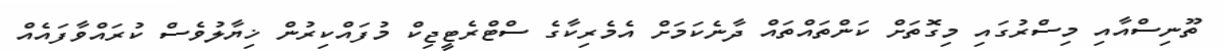
ތޫނިސްއާއި މިސްރުގައި މިގޮތަށް ކަންތައްތައް ދާނެކަމަށް އެމެރިކާގެ ސްޓްރެޓީޖިކް މުފައްކިރުން ޚިޔާލުވެސް ކުރައްވާފައެއް